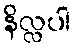
နိလ္လပါ